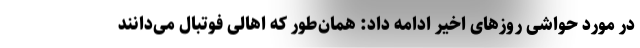
در مورد حواشی روزهای اخیر ادامه داد: همان‌طور که اهالی فوتبال می‌دانند